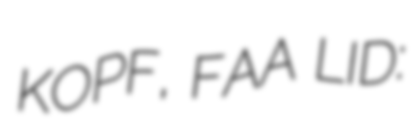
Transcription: KOPF, FAA LID: